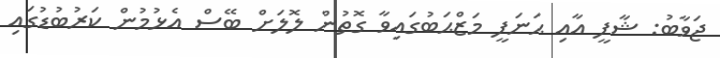
ޖަވާބު: ޝާފީ އާއި ޙަނަފީ މަޒްޙަބުގައިވާ ގޮތުން ލޮލަށް ބޭސް އެޅުމުން ކަރުބުޑުގައި